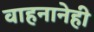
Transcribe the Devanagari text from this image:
वाहनानेही